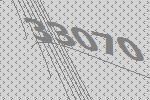
33070